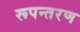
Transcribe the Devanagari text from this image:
रूपन्तरण